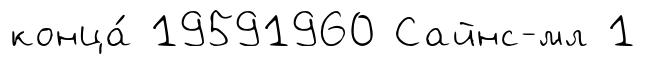
конца́ 19591960 Сайнс-мл 1